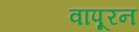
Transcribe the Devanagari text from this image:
वापूरन